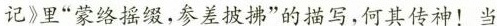
记》里”蒙络摇缀，参差披拂的描写，何其传神！当